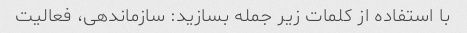
با استفاده از کلمات زیر جمله بسازید: سازماندهی، فعالیت